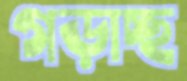
গড়াচ্ছ